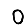
Digit: 0